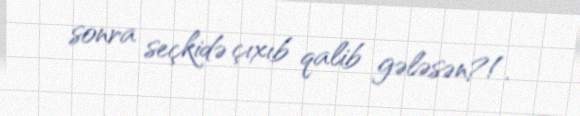
sonra seçkidə çıxıb qalib gələsən?!.